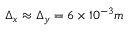
\Delta _ { x } \approx \Delta _ { y } = 6 \times 1 0 ^ { - 3 } m